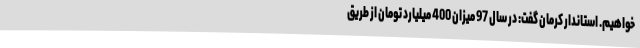
خواهیم. استاندار کرمان گفت: در سال 97 میزان 400 میلیارد تومان از طریق